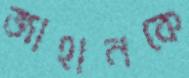
জাহানকে